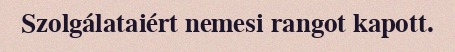
Szolgálataiért nemesi rangot kapott.